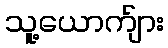
သူ့ယောက်ျား